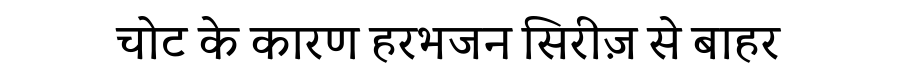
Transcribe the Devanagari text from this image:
चोट के कारण हरभजन सिरीज़ से बाहर